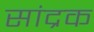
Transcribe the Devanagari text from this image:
सांद्रक